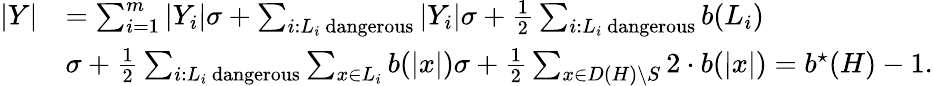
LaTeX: \begin{array}{rl}{|Y|}&{=\sum_{i=1}^{m}|Y_{i}|\le\sigma+\sum_{i:L_{i}\mathrm{~dangerous}}|Y_{i}|\le\sigma+\frac{1}{2}\sum_{i:L_{i}\mathrm{~dangerous}}b(L_{i})}\\ &{\le\sigma+\frac{1}{2}\sum_{i:L_{i}\mathrm{~dangerous}}\sum_{x\in L_{i}}b(|x|)\le\sigma+\frac{1}{2}\sum_{x\in D(H)\setminus S}2\cdot b(|x|)=b^{\star}(H)-1.}\end{array}